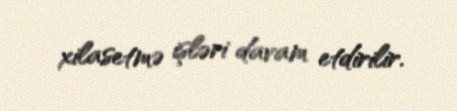
xilasetmə işləri davam etdirilir.